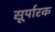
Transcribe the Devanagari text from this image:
सूर्पारक